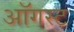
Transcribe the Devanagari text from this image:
अाॅगस्ट